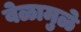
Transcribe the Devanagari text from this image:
वेळामुळे